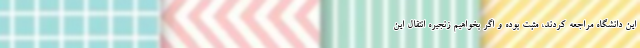
این دانشگاه مراجعه کردند، مثبت بوده و اگر بخواهیم زنجیره انتقال این